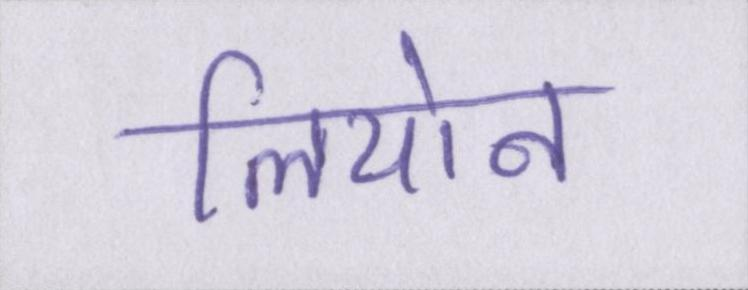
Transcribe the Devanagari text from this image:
लियोन